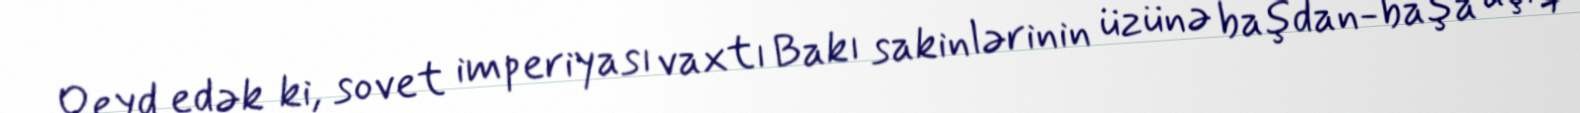
Qeyd edək ki, sovet imperiyası vaxtı Bakı sakinlərinin üzünə başdan-başa açıq